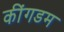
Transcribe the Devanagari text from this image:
कींगडम